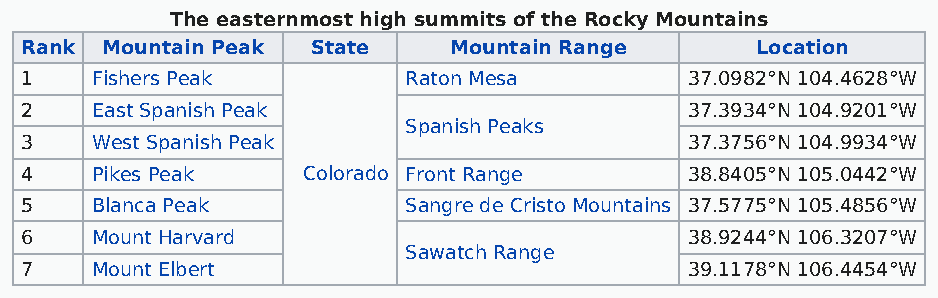
The easternmost high summits of the Rocky Mountains
 Rank  Mountain Peak State    Mountain Range      Location
 1    Fishers Peak         Raton Mesa        37.0982°N 104.4628°W
 2    East Spanish Peak                      37.3934°N 104.9201°W
 Spanish Peaks
 3    West Spanish Peak                      37.3756°N 104.9934°W
 4    Pikes Peak    Colorado Front Range     38.8405°N 105.0442°W
 5    Blanca Peak          Sangre de Cristo Mountains 37.5775°N 105.4856°W
 6    Mount Harvard                          38.9244°N 106.3207°W
 Sawatch Range
 7    Mount Elbert                           39.1178°N 106.4454°W